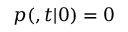
p ( \r , t | \r _ { 0 } ) = 0